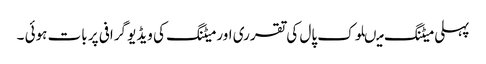
پہلی میٹنگ میںلوک پال کی تقرری اور میٹنگ کی ویڈیو گرافی پر بات ہوئی ۔